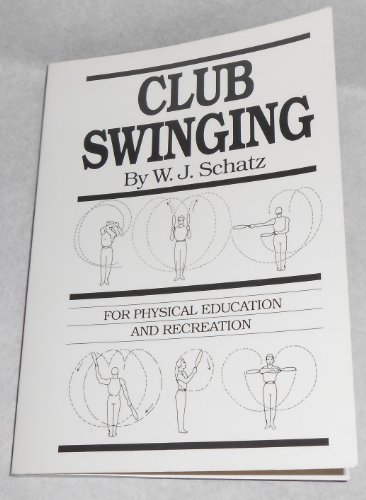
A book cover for Club Swinging for Physical Exercise and Recreation; W. J. Schatz; Sports & Outdoors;